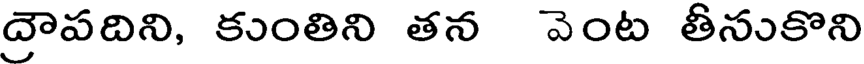
ద్రౌపదిని, కుంతిని తన వెంట తీసుకొని